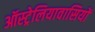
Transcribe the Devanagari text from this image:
ऑस्ट्रेलियावासियों